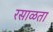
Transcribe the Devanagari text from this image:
रसाळता